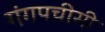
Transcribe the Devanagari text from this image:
गंगपचीसी